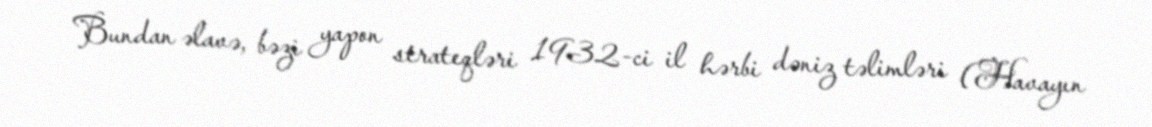
Bundan əlavə, bəzi yapon strateqləri 1932-ci il hərbi dəniz təlimləri (Havayın